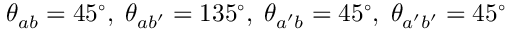
\theta _ { a b } = 4 5 ^ { \circ } , \; \theta _ { a b ^ { \prime } } = 1 3 5 ^ { \circ } , \; \theta _ { a ^ { \prime } b } = 4 5 ^ { \circ } , \; \theta _ { a ^ { \prime } b ^ { \prime } } = 4 5 ^ { \circ }